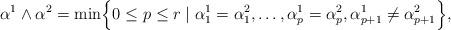
LaTeX: \begin{align*}\alpha^1\wedge \alpha^2 = \min\Bigl\{0\leq p \leq r \mid \alpha_1^1= \alpha_1^2, \ldots, \alpha_{p}^1 = \alpha_{p}^2, \alpha_{p+1}^1 \not = \alpha_{p+1}^2 \Bigr\},\end{align*}